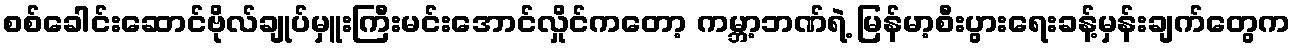
စစ်ခေါင်းဆောင်ဗိုလ်ချုပ်မှူးကြီးမင်းအောင်လှိုင်ကတော့ ကမ္ဘာ့ဘဏ်ရဲ့ မြန်မာ့စီးပွားရေးခန့်မှန်းချက်တွေက